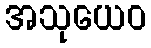
အသုယေဝ